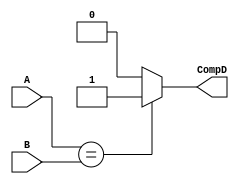
module Comp(
  input   [31:0]  A, B,
  output          CompD
  );
  
  assign CompD = (A == B) ? 1 : 0;
  
endmodule